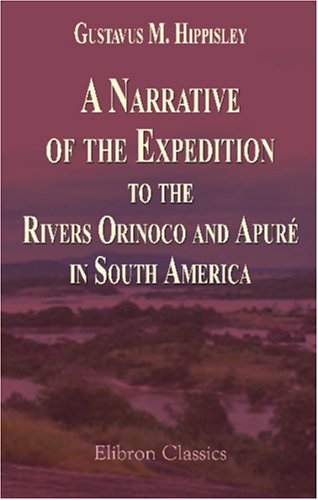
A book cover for A Narrative of the Expedition to the Rivers Orinoco and ApurÃ©, in South America: Which Sailed from England in November 1817, and Joined the Patriotic Forces in Venezuela and Caraccas; Gustavus Matthias Hippisley; Travel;